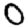
Digit: 0